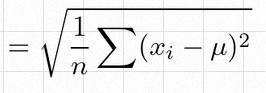
\sigma=\sqrt{\frac1n\sum(x_i-\mu)^2}